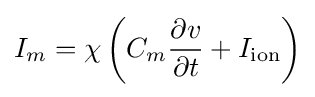
I_{m}=\chi \left(C_{m}{\frac {\partial v}{\partial t}}+I_{\text{ion}}\right)